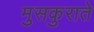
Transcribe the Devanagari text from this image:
मुसकुराते